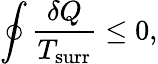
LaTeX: \oint{\frac{\delta Q}{T_{\mathrm{surr}}}}\leq 0,